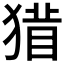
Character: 𱮓